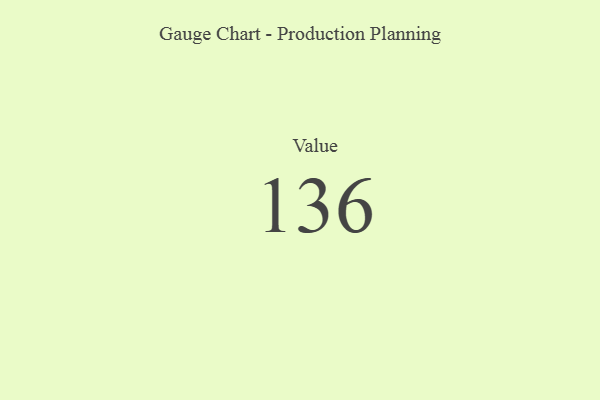
{"axis": {"x": "Metric", "y": "Value"}, "legend": [""], "data": [{"x": "Value", "y": 136, "type": ""}]}